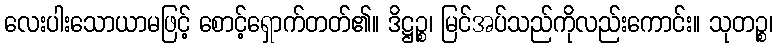
လေးပါးသောယာမဖြင့် စောင့်ရှောက်တတ်၏။ ဒိဋ္ဌဉ္စ၊ မြင်အပ်သည်ကိုလည်းကောင်း။ သုတဉ္စ၊